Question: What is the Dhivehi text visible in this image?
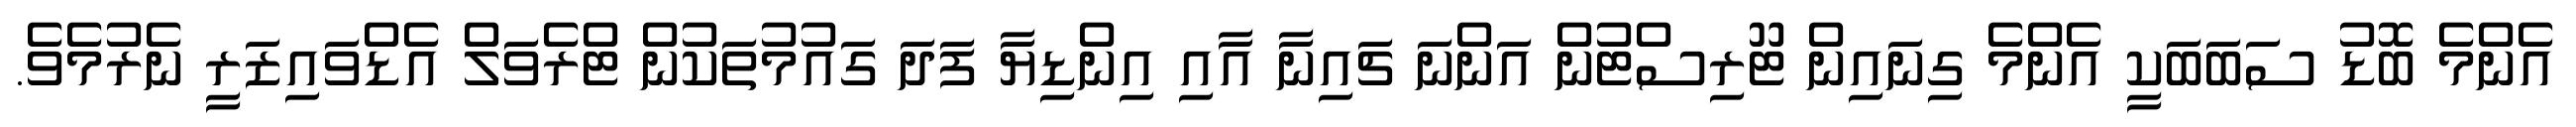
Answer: އެންމެ ބޮޑު ސަބަބަކީ އެންމެ ގިނައިން ޓޫރިސްޓުން އަންނަ ޗައިނާ އާއި އިންޑިޔާ ފަދަ ގައުމުތަކުން ޓްރެވަލް އެޑްވައިޒަރީ ނެރުމެވެ.